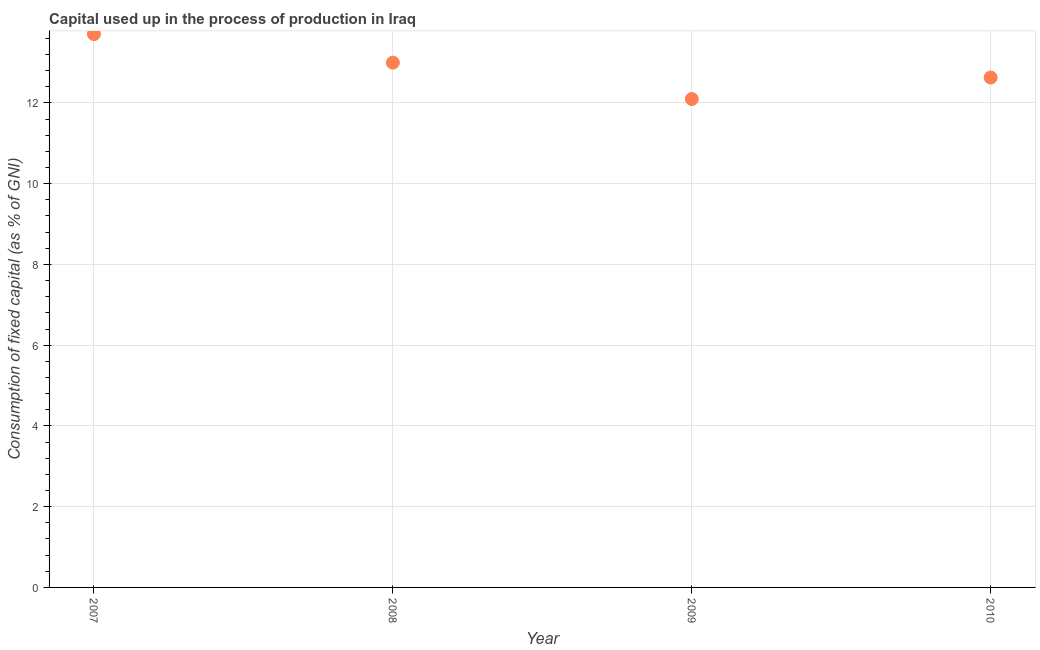
| Year | Consumption of fixed capital |
 | --- | --- |
 | 2007 | 13.7 |
 | 2008 | 13 |
 | 2009 | 12.1 |
 | 2010 | 12.6 |